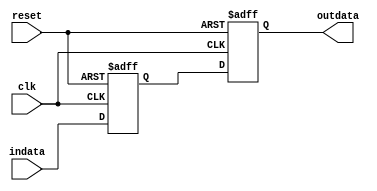
module doublesync(indata,
				  outdata,
				  clk,
				  reset);
// This function is like a 2 reg shift register
// BUt not serial to parallel.
input indata,clk,reset;
output outdata;

reg reg1, reg2;

always @(posedge clk or negedge reset)
begin
	 if (!reset)
	 begin
	 	reg1 <= 1'b0;
		reg2 <= 1'b0;
	 end else 
	 begin
	 	reg1 <= indata;
		reg2 <= reg1;
	 end
end

assign outdata = reg2;

endmodule